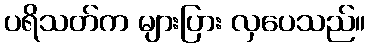
ပရိသတ်က များပြား လှပေသည်။